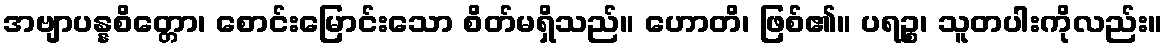
အဗျာပန္နစိတ္တော၊ စောင်းမြောင်းသော စိတ်မရှိသည်။ ဟောတိ၊ ဖြစ်၏။ ပရဉ္စ၊ သူတပါးကိုလည်း။